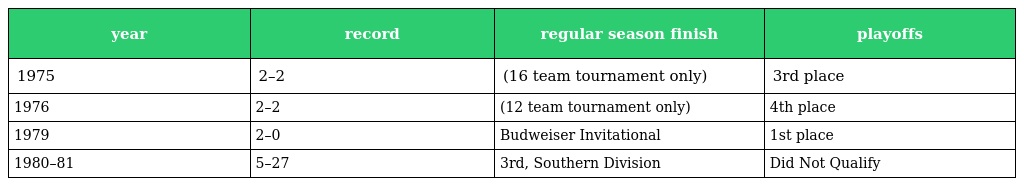
| year | record | regular season finish | playoffs |
 | --- | --- | --- | --- |
 | 1975 | 2–2 | (16 team tournament only) | 3rd place |
 | 1976 | 2–2 | (12 team tournament only) | 4th place |
 | 1979 | 2–0 | Budweiser Invitational | 1st place |
 | 1980–81 | 5–27 | 3rd, Southern Division | Did Not Qualify |